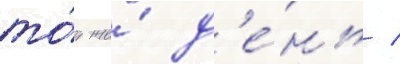
то́т же́ д'е́нь /